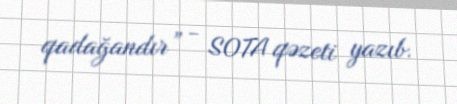
qadağandır” - SOTA qəzeti yazıb.